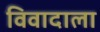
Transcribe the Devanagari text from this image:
विवादाला